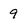
Character: 9